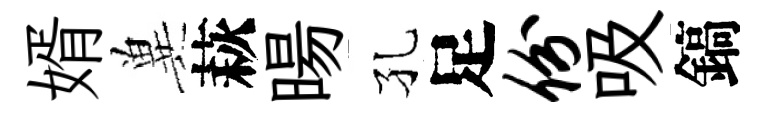
婿兾萩暘孔足份吸鎬